Report of an investigation into the causes of the diseases known in Assam as Kála-Azár and Beri-Beri
Disease focus: Beri-Beri
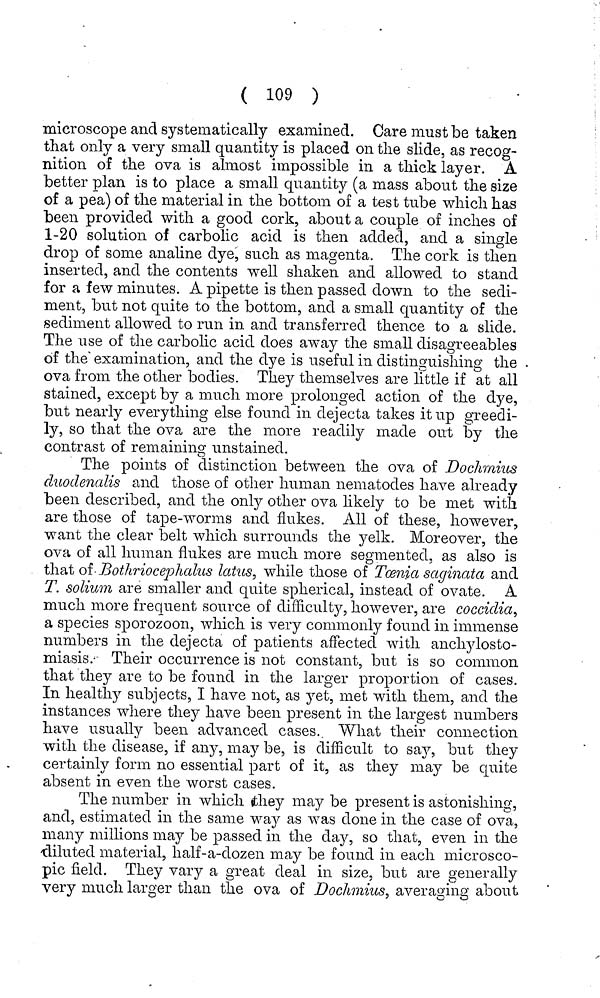
( 109 )
microscope and systematically examined. Care must be taken
that only a very small quantity is placed on the slide, as recog-
nition of the ova is almost impossible in a thick layer. A
better plan is to place a small quantity (a mass about the size
of a pea) of the material in the bottom of a test tube which has
been provided with a good cork, about a couple of inches of
1-20 solution of carbolic acid is then added, and a single
drop of some analine dye, such as magenta. The cork is then
inserted, and the contents well shaken and allowed to stand
for a few minutes. A pipette is then passed down to the sedi-
ment, but not quite to the bottom, and a small quantity of the
sediment allowed to run in and transferred thence to a slide.
The use of the carbolic acid does away the small disagreeables
of the examination, and the dye is useful in distinguishing the
ova from the other bodies. They themselves are little if at all
stained, except by a much more prolonged action of the dye,
but nearly everything else found in dejecta takes it up greedi-
ly, so that the ova are the more readily made out by the
contrast of remaining unstained.
The points of distinction between the ova of Doclimius
duodenalis and those of other human nematodes have already
been described, and the only other ova likely to be met with
are those of tape-worms and flukes. All of these, however,
want the clear belt which surrounds the yelk. Moreover, the
ova of all human flukes are much more segmented, as also is
that of- Bothriocephalus latus, while those of Tcenia saginata and
T. solium are smaller and quite spherical, instead of ovate. A
much more frequent source of difficulty, however, are coccidia,
a species sporozoon, which is very commonly found in immense
numbers in the dejecta of patients affected with anchylosto-
miasis. Their occurrence is not constant, but is so common
that they are to be found in the larger proportion of cases.
In healthy subjects, I have not, as yet, met with them, and the
instances where they have been present in the largest numbers
have usually been advanced cases. What their connection
with the disease, if any, may be, is difficult to say, but they
certainly form no essential part of it, as they may be quite
absent in even the worst cases.
The number in which they may be present is astonishing,
and, estimated in the same way as was done in the case of ova,
many millions may be passed in the day, so that, even in the
diluted material, half-a-dozen may be found in each microsco-
pic field. They vary a great deal in size, but are generally
very much larger than the ova of Doclimius, averaging about